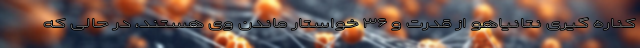
کناره گیری نتانیاهو از قدرت و ۳۶ خواستار ماندن وی هستند، در حالی که